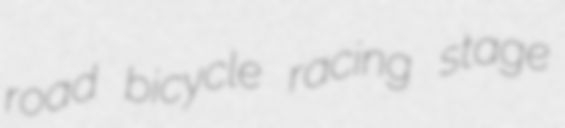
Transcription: road bicycle racing stage